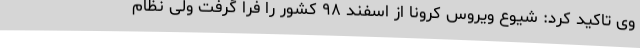
وی تاکید کرد: شیوع ویروس کرونا از اسفند ۹۸ کشور را فرا گرفت ولی نظام